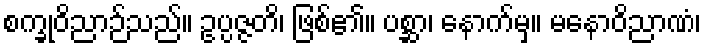
စက္ခုဝိညာဉ်သည်။ ဥပ္ပဇ္ဇတိ၊ ဖြစ်၏။ ပစ္ဆာ၊ နောက်မှ။ မနောဝိညာဏံ၊